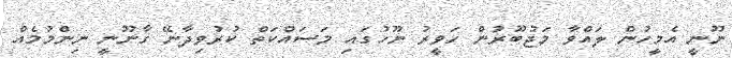
ނޫނީ އެމީހުން ލައްވާ މަޖުބޫރުން ހަވީރު ނޫހުގައި މަސައްކަތް ކުރުވިދާނޭ ގާނޫނީ ނިންމުމެއް